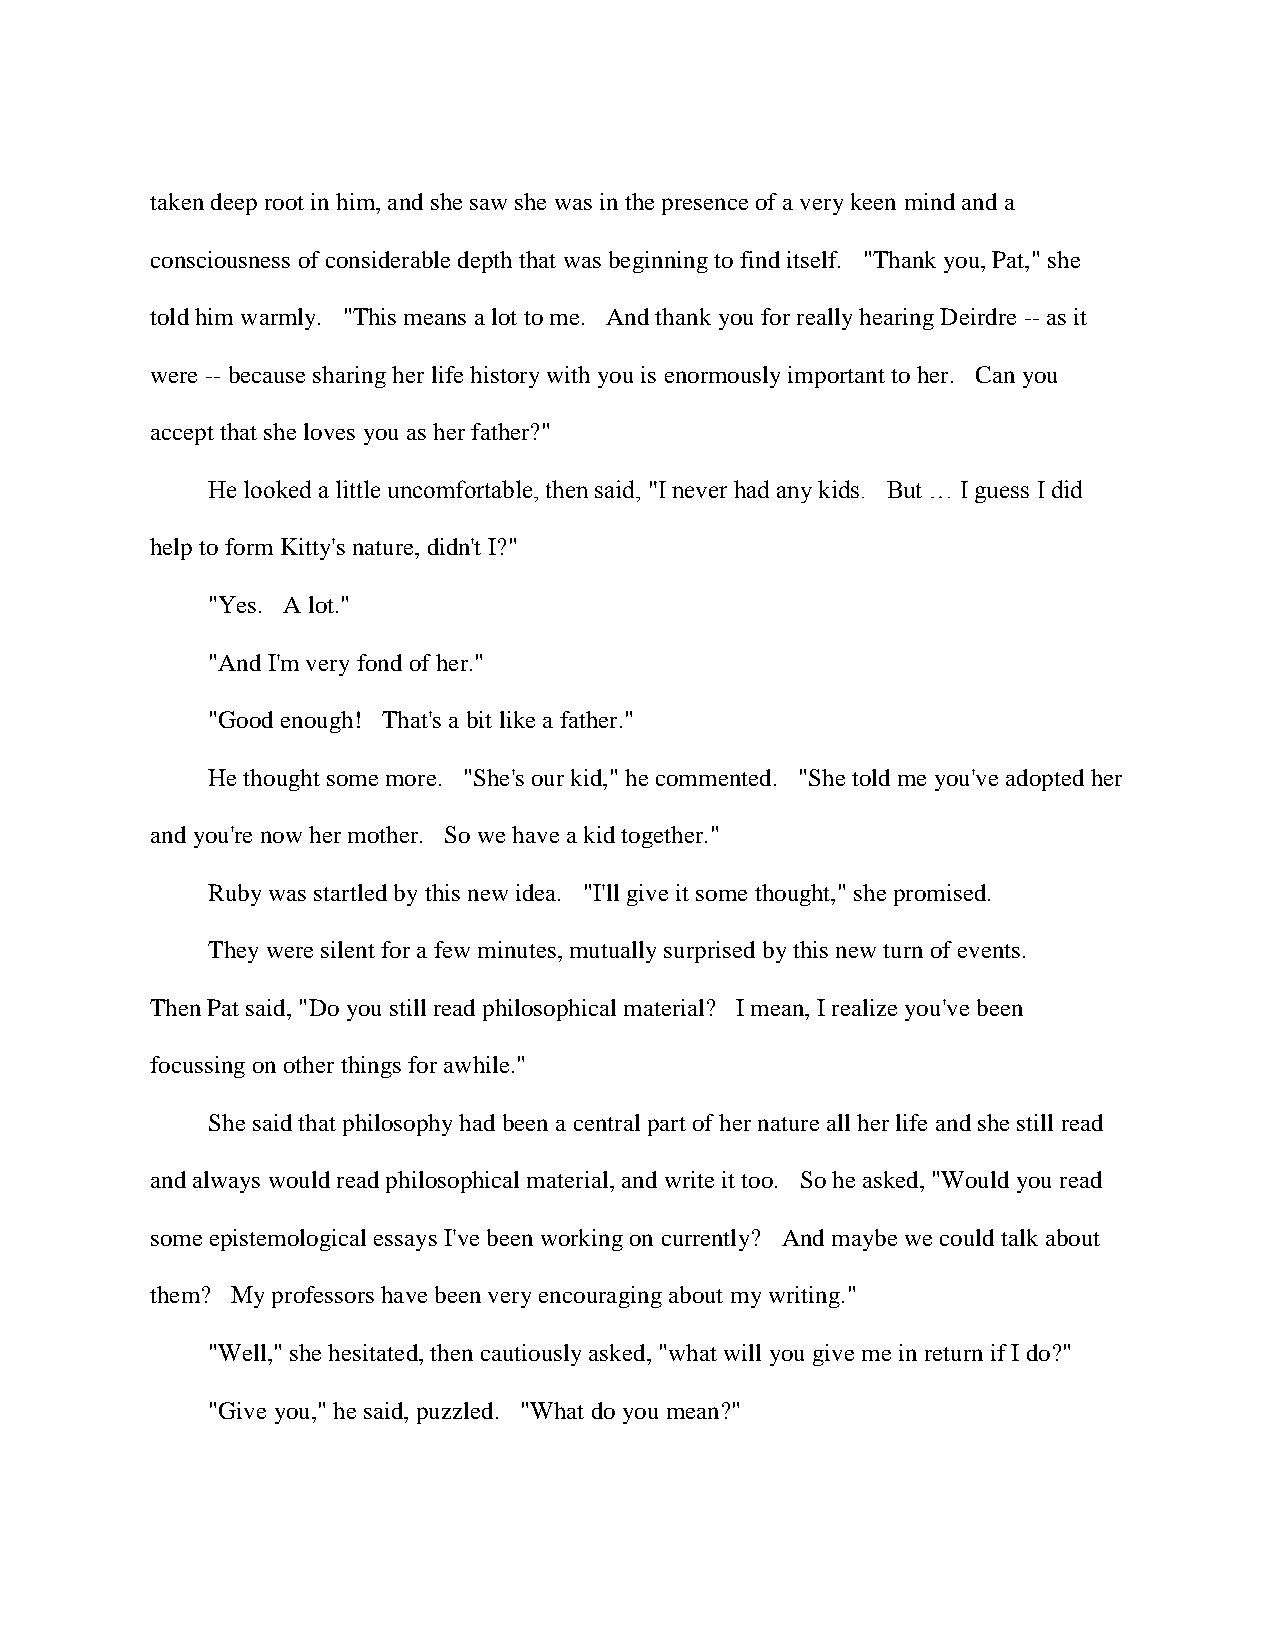
taken deep root in him, and she saw she was in the presence of a very keen mind and a
 consciousness of considerable depth that was beginning to find itself. "Thank you, Pat," she
 told him warmly. "This means a lot to me. And thank you for really hearing Deirdre -- as it
 were -- because sharing her life history with you is enormously important to her. Can you
 accept that she loves you as her father?"
 He looked a little uncomfortable, then said, "I never had any kids. But … I guess I did
 help to form Kitty's nature, didn't I?"
 "Yes. A lot."
 "And I'm very fond of her."
 "Good enough! That's a bit like a father."
 He thought some more. "She's our kid," he commented. "She told me you've adopted her
 and you're now her mother. So we have a kid together."
 Ruby was startled by this new idea. "I'll give it some thought," she promised.
 They were silent for a few minutes, mutually surprised by this new turn of events.
 Then Pat said, "Do you still read philosophical material? I mean, I realize you've been
 focussing on other things for awhile."
 She said that philosophy had been a central part of her nature all her life and she still read
 and always would read philosophical material, and write it too. So he asked, "Would you read
 some epistemological essays I've been working on currently? And maybe we could talk about
 them? My professors have been very encouraging about my writing."
 "Well," she hesitated, then cautiously asked, "what will you give me in return if I do?"
 "Give you," he said, puzzled. "What do you mean?"